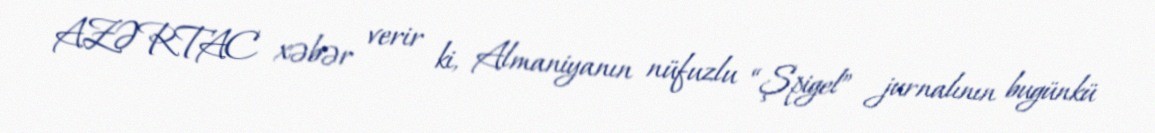
AZƏRTAC xəbər verir ki, Almaniyanın nüfuzlu “Şpigel” jurnalının bugünkü